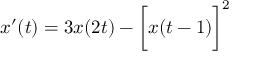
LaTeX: x ^ { \prime } ( t ) = 3 x ( 2 t ) - { \biggl [ } x ( t - 1 ) { \biggr ] } ^ { 2 }